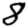
Digit: 8